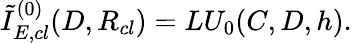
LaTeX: {\tilde{I}}_{E,cl}^{(0)}(D,R_{cl})=LU_{0}(C,D,h).